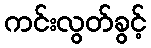
ကင်းလွတ်ခွင့်